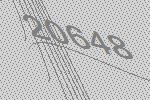
20648